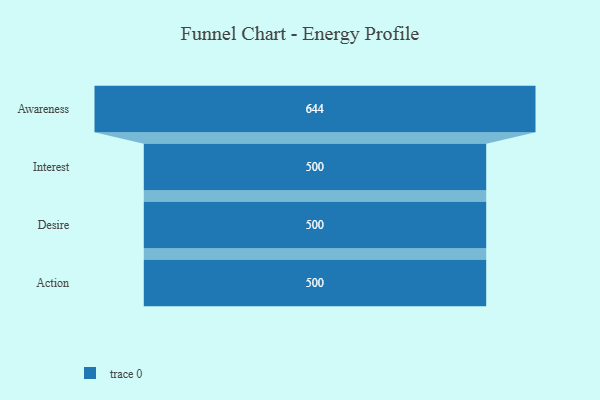
{"axis": {"x": "Stage", "y": "Value"}, "legend": [""], "data": [{"x": "Awareness", "y": 644.0, "type": ""}, {"x": "Interest", "y": 500, "type": ""}, {"x": "Desire", "y": 500, "type": ""}, {"x": "Action", "y": 500, "type": ""}]}